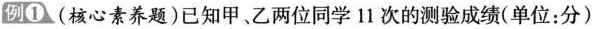
例1 (核心素养题)已知甲、乙两位同学11次的测验成绩(单位：分)